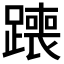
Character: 𫟣